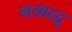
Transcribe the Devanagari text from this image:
नखदद्रु